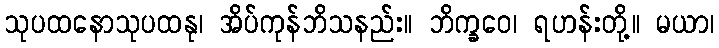
သုပထနောသုပထနု၊ အိပ်ကုန်ဘိသနည်း။ ဘိက္ခဝေ၊ ရဟန်းတို့။ မယာ၊